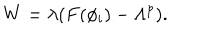
W = \lambda ( F ( \phi _ { i } ) - \Lambda ^ { p } ) .